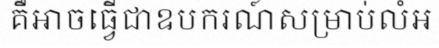
គឺអាចធ្វើជាឧបករណ៍សម្រាប់លំអ